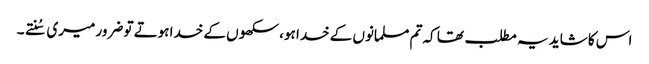
اس کا شاید یہ مطلب تھا کہ تم مسلمانوں کے خدا ہو، سکھوں کے خدا ہوتے تو ضرور میری سُنتے۔